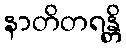
နာတိတရန္တိ